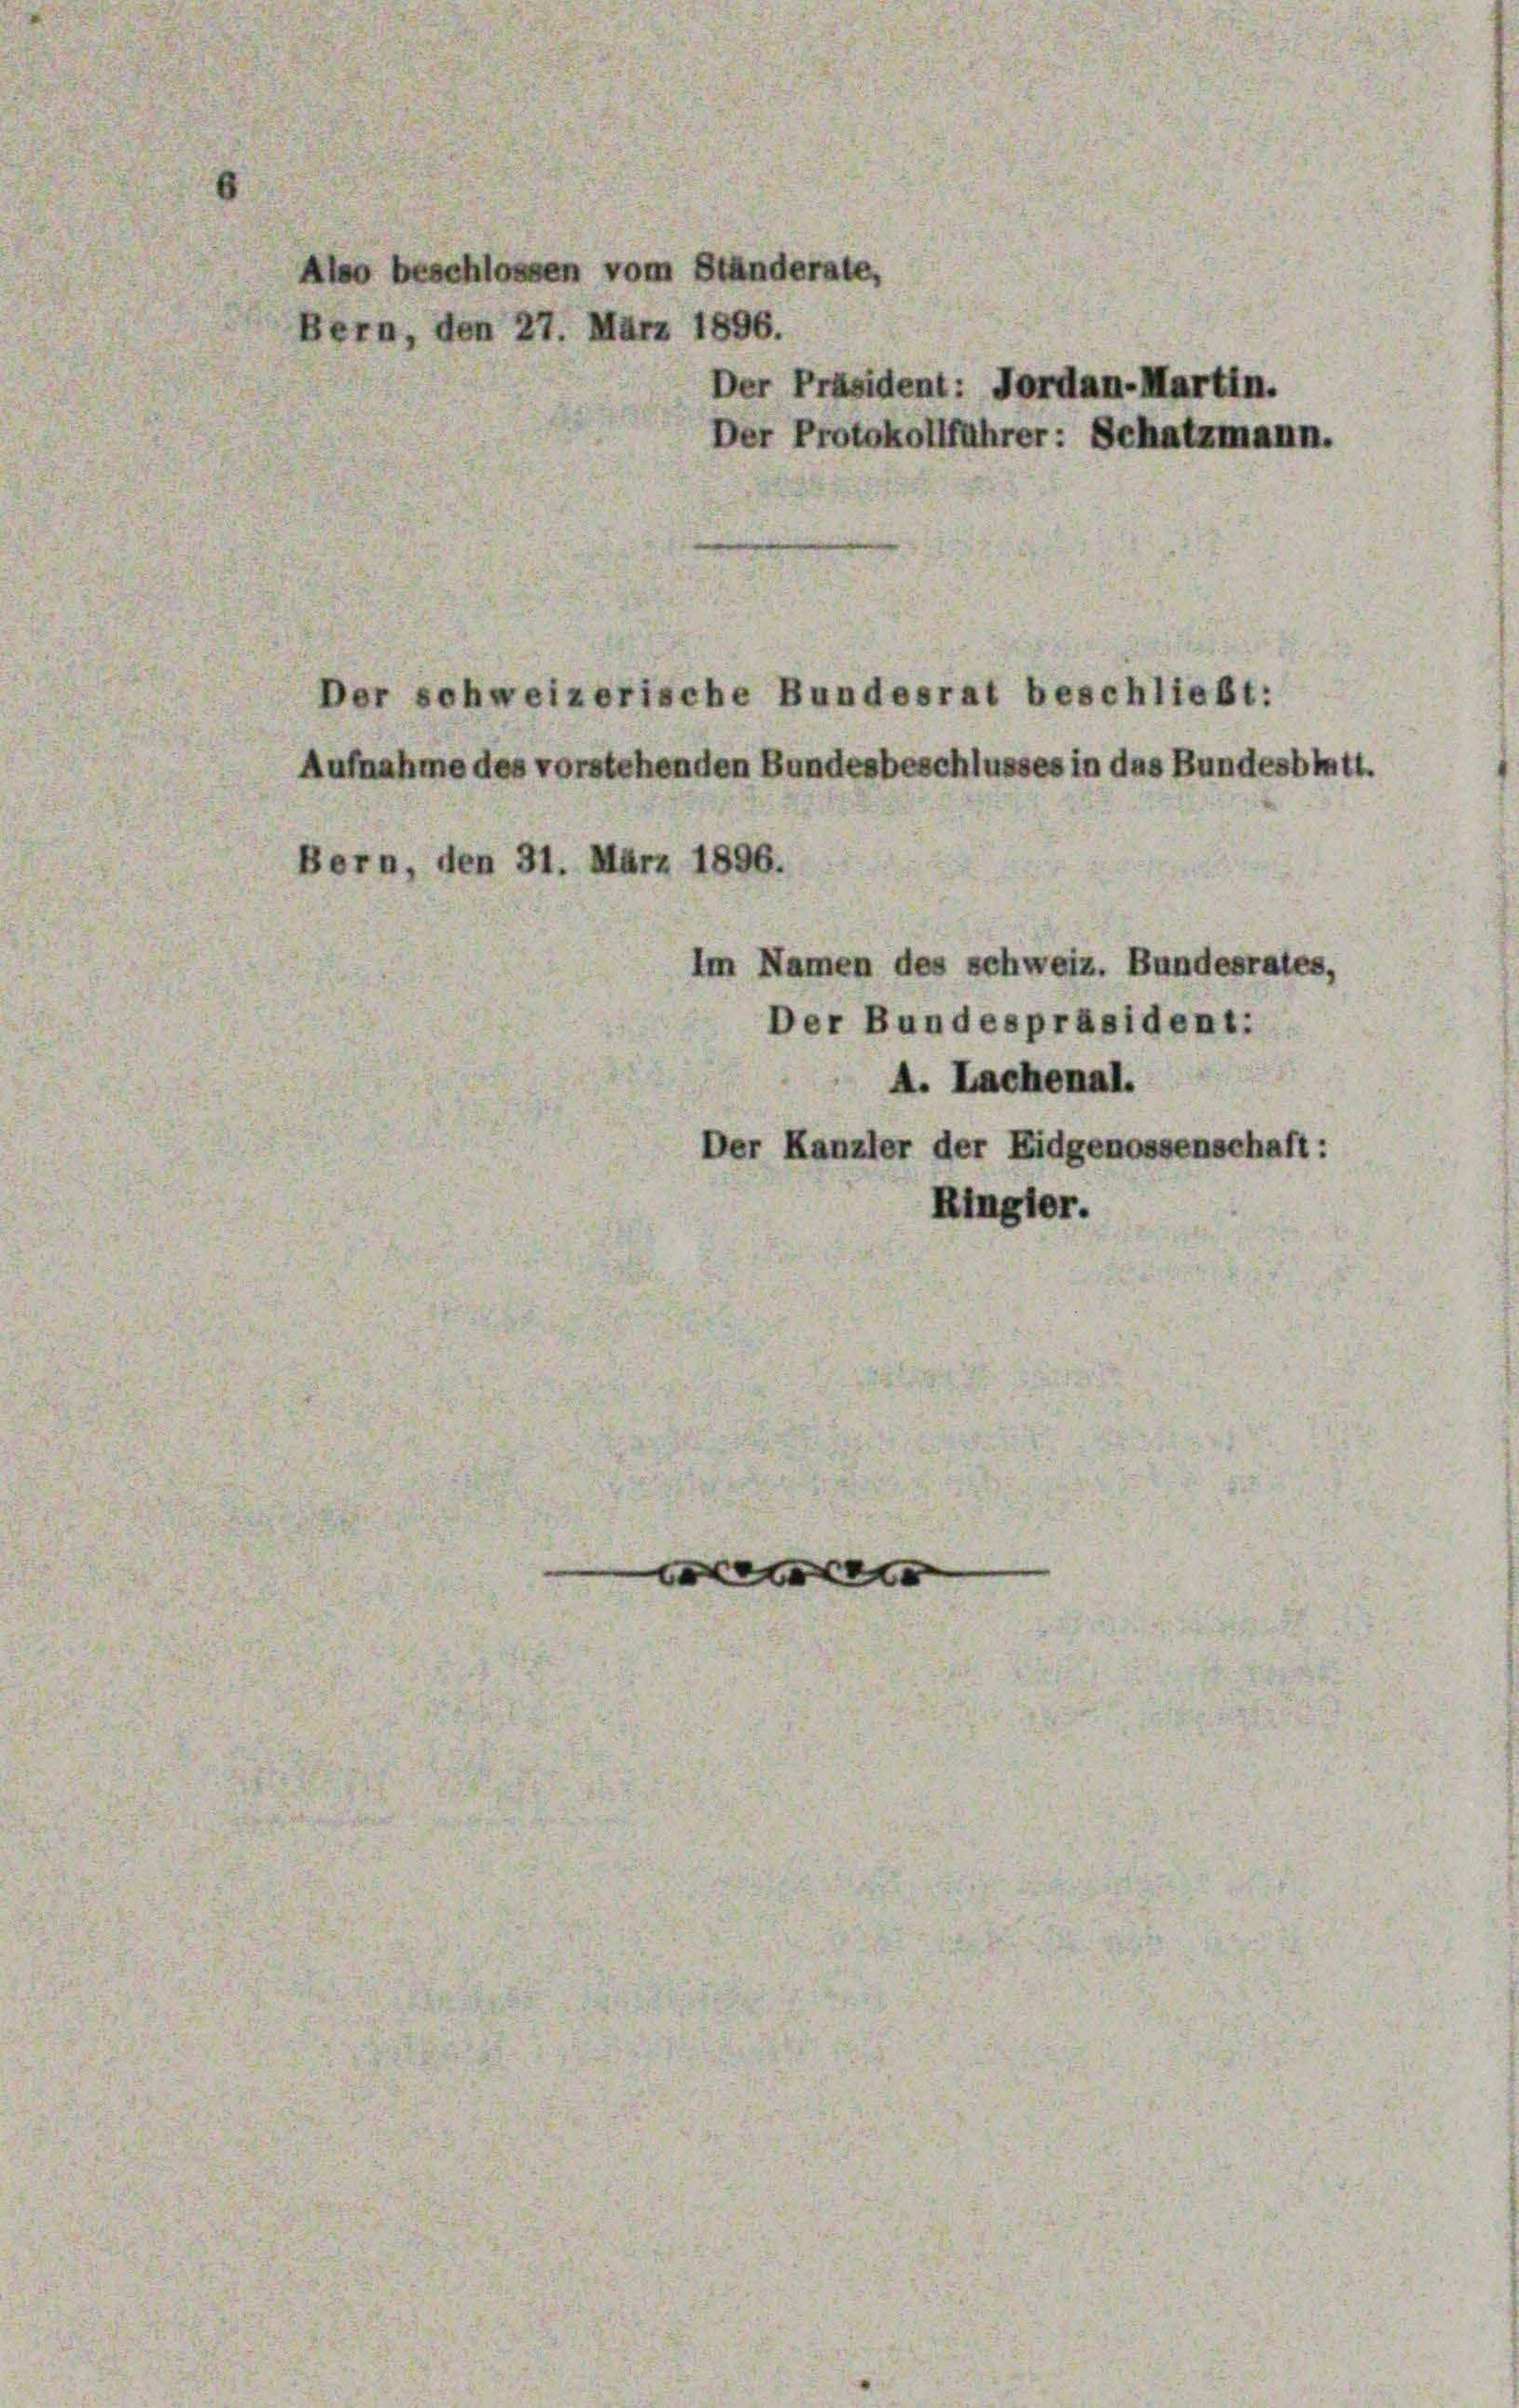
Also beschlossen vom Ständerate,
Bern, den 27. März 1896.
Der Präsident: Jordan-Martin.
Der Protokollführer: Schatzmann.
er schweizerische Bundesrat beschließt:
Aufnahme des vorstehenden Bundesbeschlusses in das Bundesblatt.
Bern, den 31. März 1896.
Im Namen des schweiz. Bundesrates,
Der Bundespräsident:
A. Lachenal.
Der Kanzler der Eidgenossenschaft:
Ringler.
e